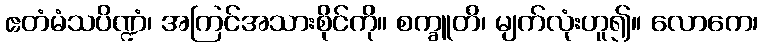
ဧတံမံသပိဏ္ဍံ၊ အကြင်အသားစိုင်ကို။ စက္ခူတိ၊ မျက်လုံးဟူ၍။ လောကေ၊